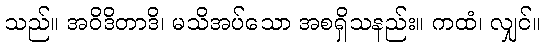
သည်။ အဝိဒိတာဒိ၊ မသိအပ်သော အစရှိသနည်း။ ကထံ၊ လျှင်။